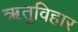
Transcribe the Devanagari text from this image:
ऋतुविहार